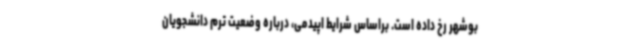
بوشهر رخ داده است. براساس شرایط اپیدمی، درباره وضعیت ترم دانشجویان